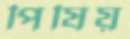
পিষিয়